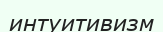
интуитивизм